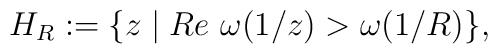
H_R := \{z\mid Re\ \omega (1/z)>\omega (1/R)\},